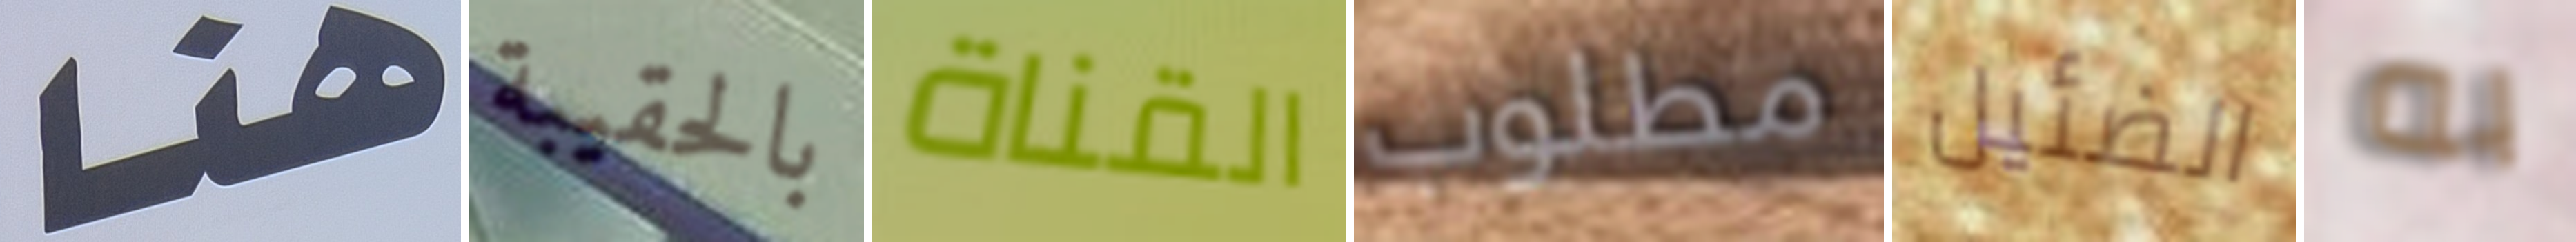
هنا بالحقيبة القناة مطلوب الضئيل به